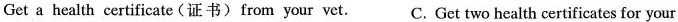
Get a health certificate(证书)from your vet.C. Get two health certificates for your